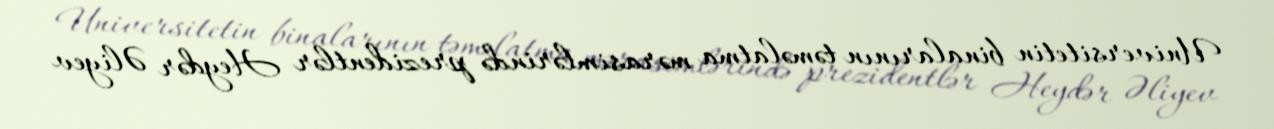
Universitetin binalarının təməlatma mərasimlərində prezidentlər Heydər Əliyev